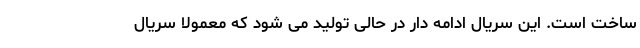
ساخت است. این سریال ادامه دار در حالی تولید می شود که معمولا سریال